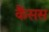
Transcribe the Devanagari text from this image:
कैंसस